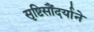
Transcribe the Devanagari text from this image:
सृष्टिसौंदर्याने